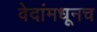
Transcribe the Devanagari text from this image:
वेदांमधूनच